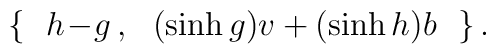
\{\ \ h\!-\!g\,,\ \ (\sinh g)v+(\sinh h)b\ \ \}\,.